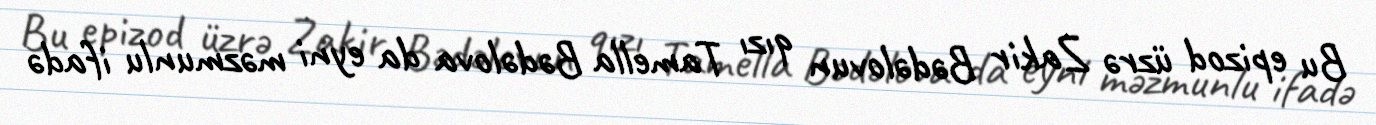
Bu epizod üzrə Zakir Bədəlovun qızı Tamella Bədəlova da eyni məzmunlu ifadə